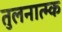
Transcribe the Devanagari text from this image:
तुलनात्म्क